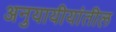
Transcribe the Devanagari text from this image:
अनुयायीयांतील